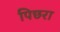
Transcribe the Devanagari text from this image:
पिछरा